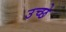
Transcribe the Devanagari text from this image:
उच्छे